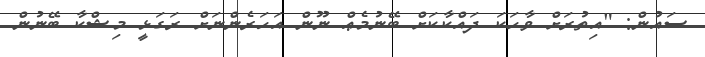
ސައުން: "އިތުރަށް ވާހަކަ ދައްކާކަށް ބޭނުމެޢް ނޫން އަހަރެންނަށް ރަގަޅީ މިޝްކާ ބޭނުން